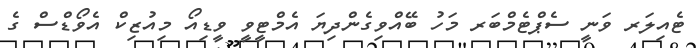
ޓެއިލަރ ވަނީ ސެޕްޓެމްބަރ މަހު ބޭއްވިގެންދިޔަ އެމްޓީވީ ވީޑިއޯ މިއުޒިކް އެވޯޑްސް ގެ